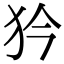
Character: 𤜰